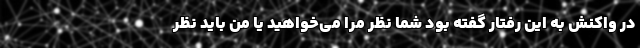
در واکنش به این رفتار گفته بود شما نظر مرا می‌خواهید یا من باید نظر